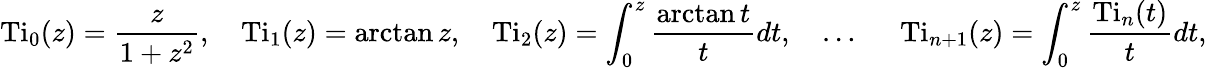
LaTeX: \operatorname{Ti}_{0}(z)={\frac{z}{1+z^{2}}},\quad\operatorname{Ti}_{1}(z)=\arctan z,\quad\operatorname{Ti}_{2}(z)=\int_{0}^{z}{\frac{\arctan t}{t}}dt,\quad\ldots~\quad\operatorname{Ti}_{n+1}(z)=\int_{0}^{z}{\frac{\operatorname{Ti}_{n}(t)}{t}}dt,